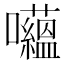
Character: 𱕲